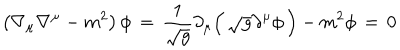
\left( \nabla _ { \mu } \nabla ^ { \mu } - m ^ { 2 } \right) \phi \, = \, { \frac { 1 } { \sqrt { g } } } \partial _ { \mu } \Big ( \, \sqrt { g } \partial ^ { \mu } \phi \, \Big ) - m ^ { 2 } \phi \, = \, 0 \, \,